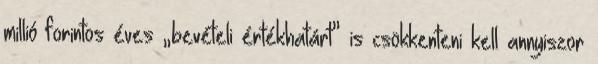
millió forintos éves „bevételi értékhatárt” is csökkenteni kell annyiszor